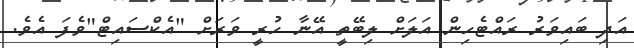
އަދި ބައިވަރު ރައްޓެހިން އަލަށް ލިބޭތީ އޭނާ ހުރީ ވަރަށް "އެކްސައިޓް"ވެފަ އެވެ.